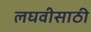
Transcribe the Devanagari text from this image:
लघवीसाठी